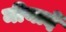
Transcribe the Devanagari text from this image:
मीयादें